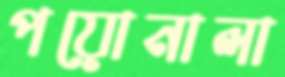
পয়োনালা